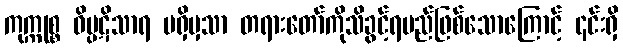
ကုက္ကုစ္စ ဝိပ္ပဋိသာရ မရှိမှသာ တရားတော်ကိုသိခွင့်ရမည်ဖြစ်သောကြောင့် ၎င်းရှိ